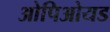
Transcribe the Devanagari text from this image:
ओपिओयड